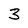
Character: 3